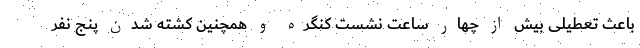
باعث تعطیلی بیش از چهار ساعت نشست کنگره و همچنین کشته شدن پنج نفر